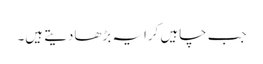
جب چاہیں کرایہ بڑھادیتے ہیں۔